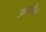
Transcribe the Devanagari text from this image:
उन्नासीवां